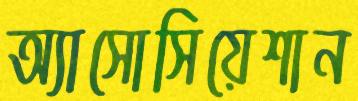
অ্যাসোসিয়েশান